Maali_päevik, lk 376
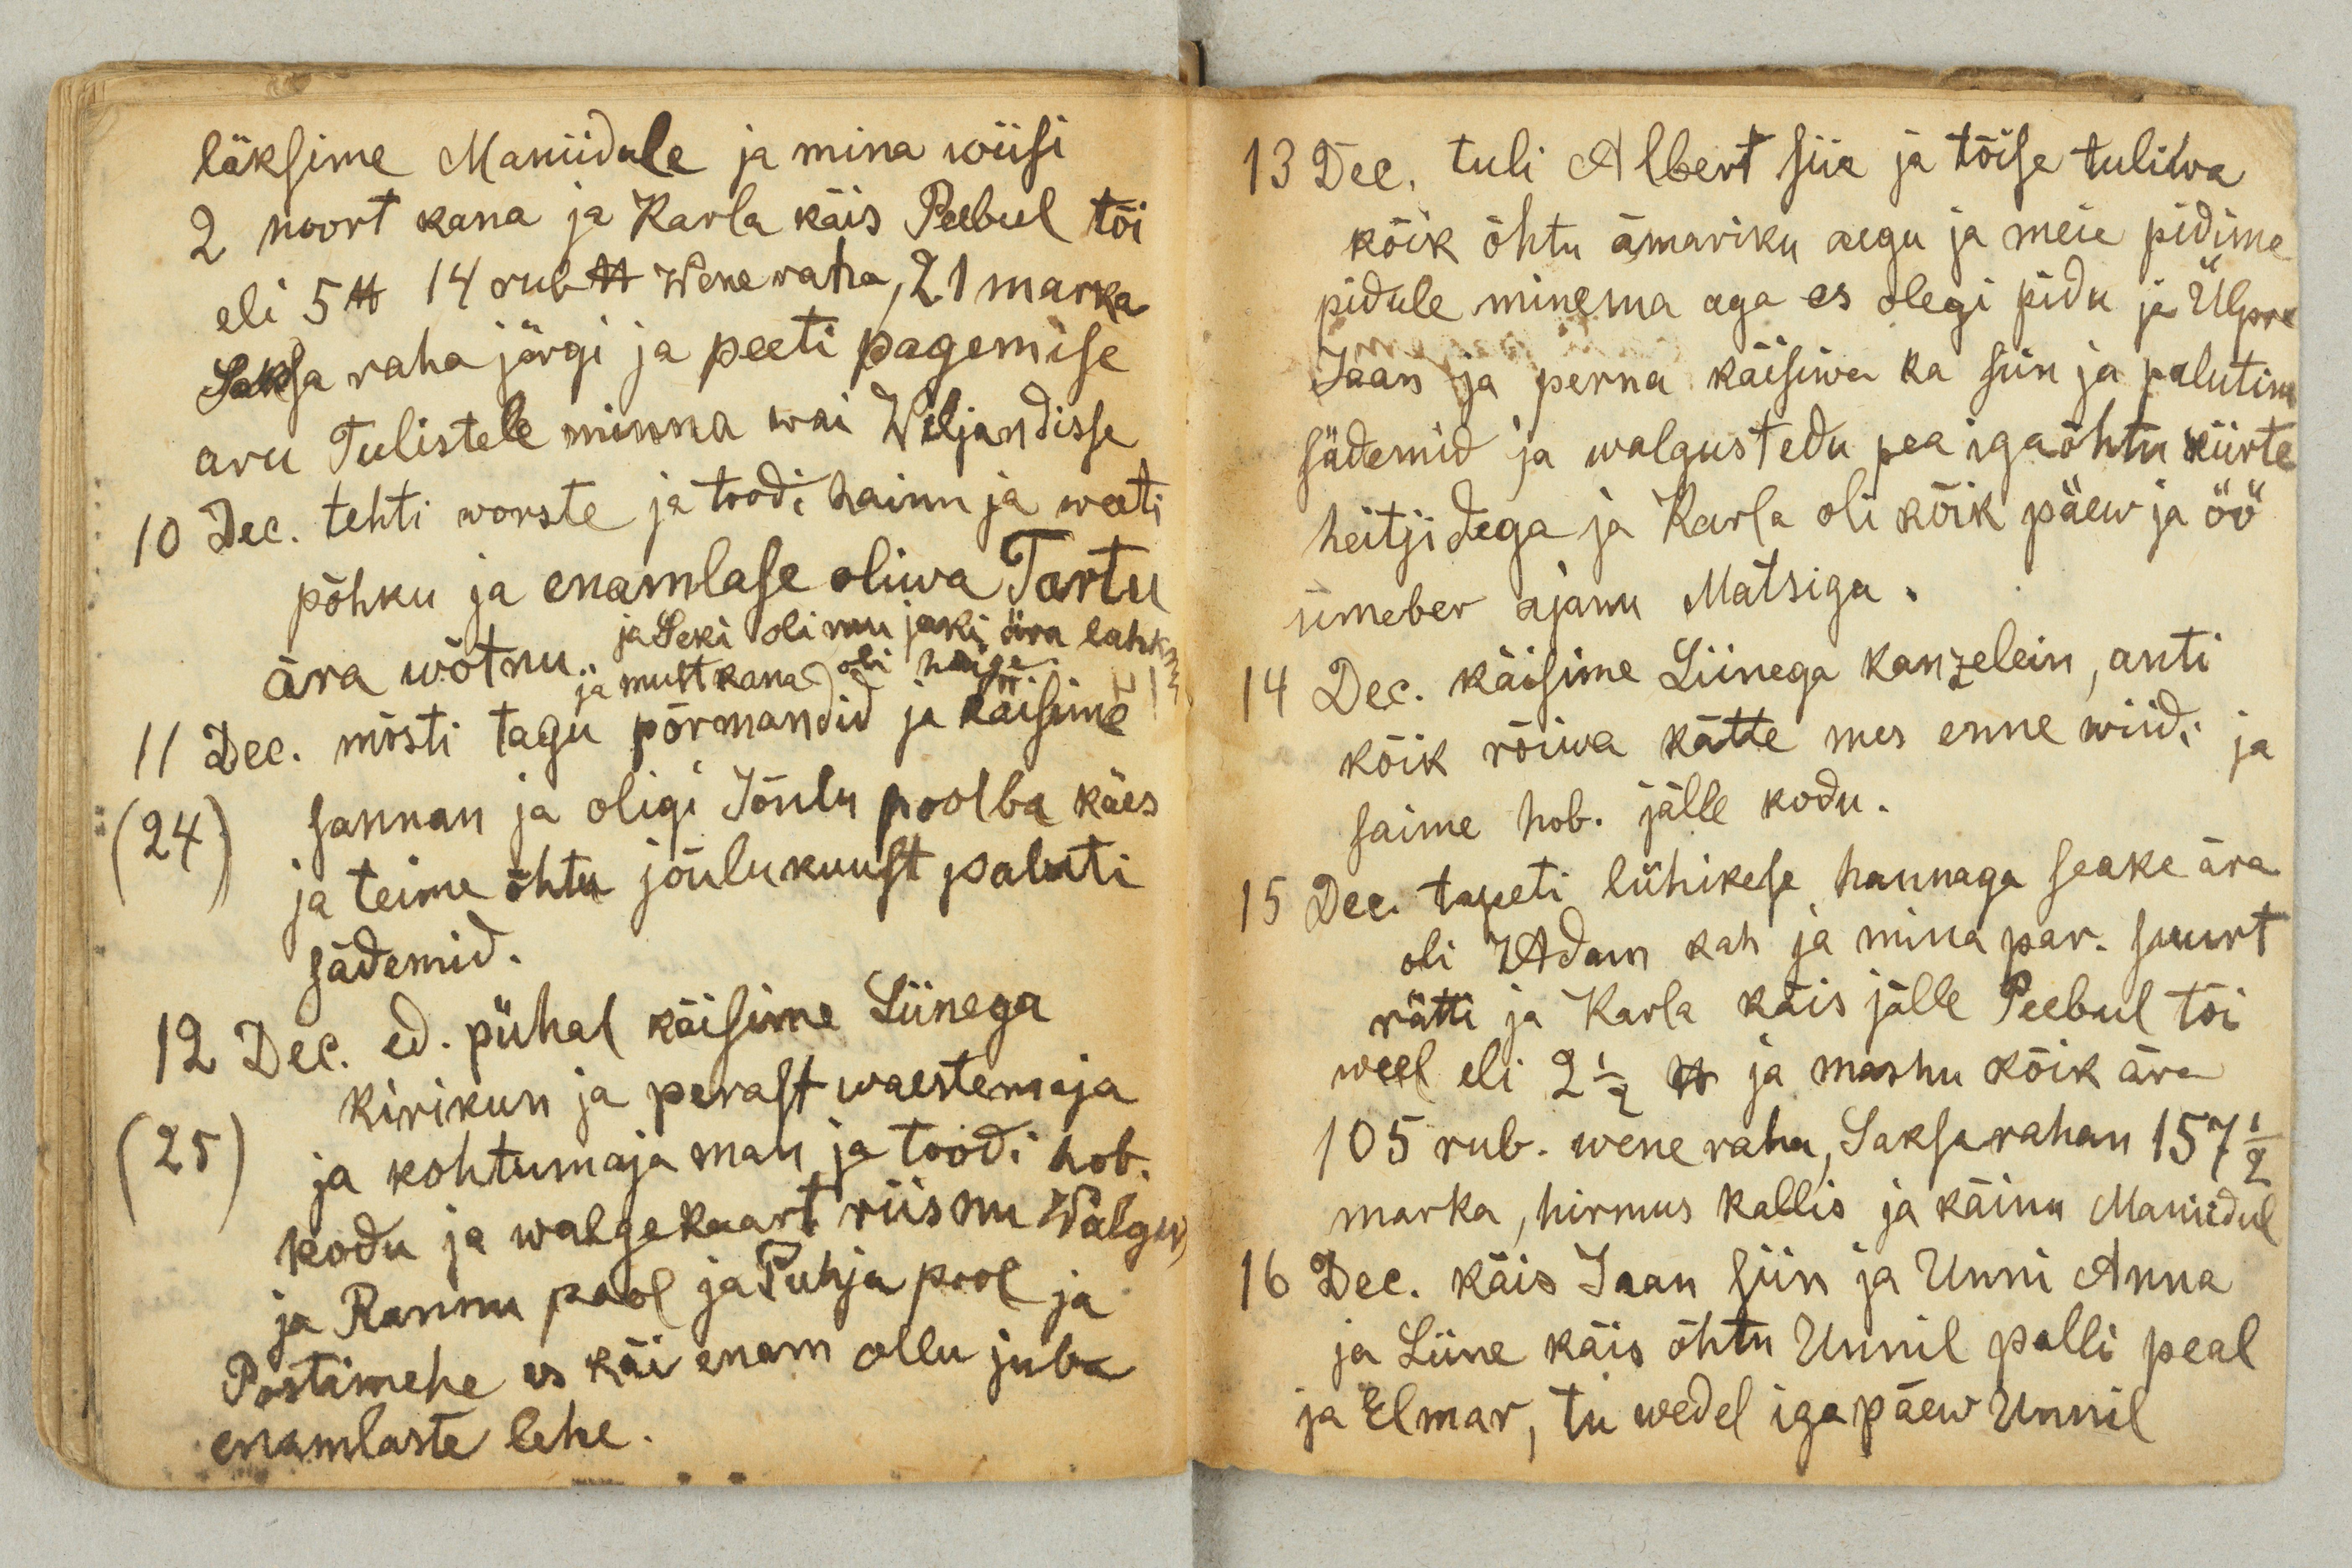
läksime Maniidule ja mina wiisi
2 noort kana ja Karla käis Peebul tõi
eli 5 lb 14 rub lb Wene raha, 21 marka
Saksa raha järgi ja peeti pagemise
aru Tulistele minna wai Wiljandisse
10 Dec. tehti worste ja toodi hainu ja weeti
põhku ja enamlase oliwa Tartu
ära wõtnu. ja Seki oli mu jaki ära lahknu
ja must kana oli haige.
11 Dec. mõsti tagu põrmandid ja käisime
24
sannan ja oligi Jõulu poolba käes
ja teime õhtu jõulukuust paluti
sädemid.
12 Dec. ed. pühal käisime Liinega
25
kirikun ja perast waestemaja
ja kohtumaja man ja toodi hob.
kodu ja walgekaart riisnu Walgus
ja Rannu pool ja Puhja pool ja
Postimehe es käi enam ollu juba
enamlaste lehe.

13 Dec. tuli Albert siia ja tõise tuliwa
kõik õhtu ämariku aegu ja meie pidime
pidule minema aga es olegi pidu ja Ülpre
Jaan ja perna käisiwa ka siin ja palutim
sädemid ja walgustedu pea iga õhtu kiirte
heitjidega ja Karla oli kõik päew ja öö
ümber ajanu Matsiga.
14 Dec. käisime Liinega kanzelein, anti
kõik rõiwa kätte mes enne wiidi ja
saime hob. jälle kodu.
15 Dec. tapeti lühikese hannaga seake ära
oli Adam kah ja mina par. suurt
rätti ja Karla käis jälle Peebul tõi
weel eli 2 ½ lb ja masnu kõik ära
105 rub. wene raha, Saksa rahan 157 ½
marka, hirmus kallis ja käinu Maniidul
16 Dec. käis Jaan siin ja Unni Anna
ja Liine käis õhtu Unnil palli peal
ja Elmar, tu wedel iga päew Unnil